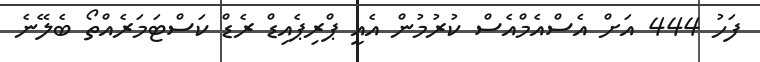
ފަހު 444 އަށް އެސްއެމްއެސް ކުރުމުން އެއީ ޕްރިޕެއިޑް ރެޑް ކަސްޓަމަރެއްތޯ ބެލޭނެ